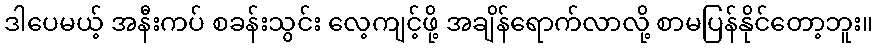
ဒါပေမယ့် အနီးကပ် စခန်းသွင်း လေ့ကျင့်ဖို့ အချိန်ရောက်လာလို့ စာမပြန်နိုင်တော့ဘူး။